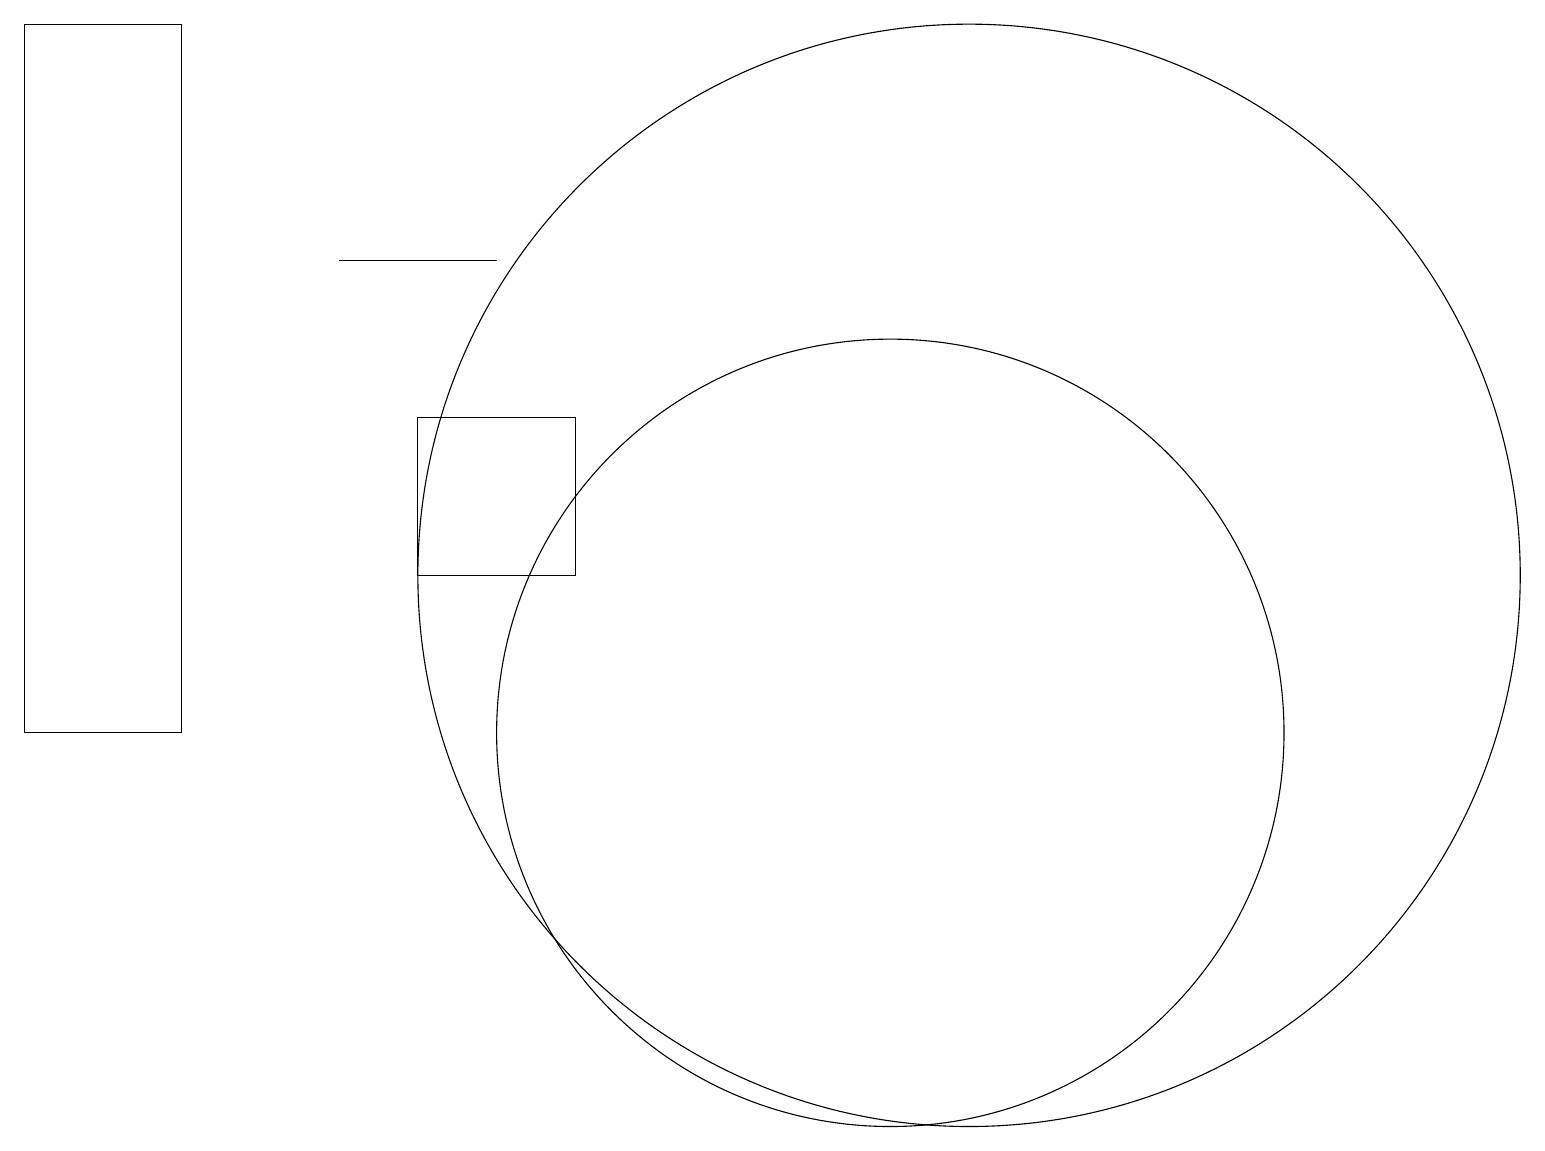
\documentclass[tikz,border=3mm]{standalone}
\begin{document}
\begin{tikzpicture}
\draw (12,12) circle (7);
\draw (2,10) rectangle (0,19);
\draw (11,10) circle (5);
\draw (5,12) rectangle (7,14);
\draw (6,16) rectangle (4,16);
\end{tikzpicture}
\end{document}